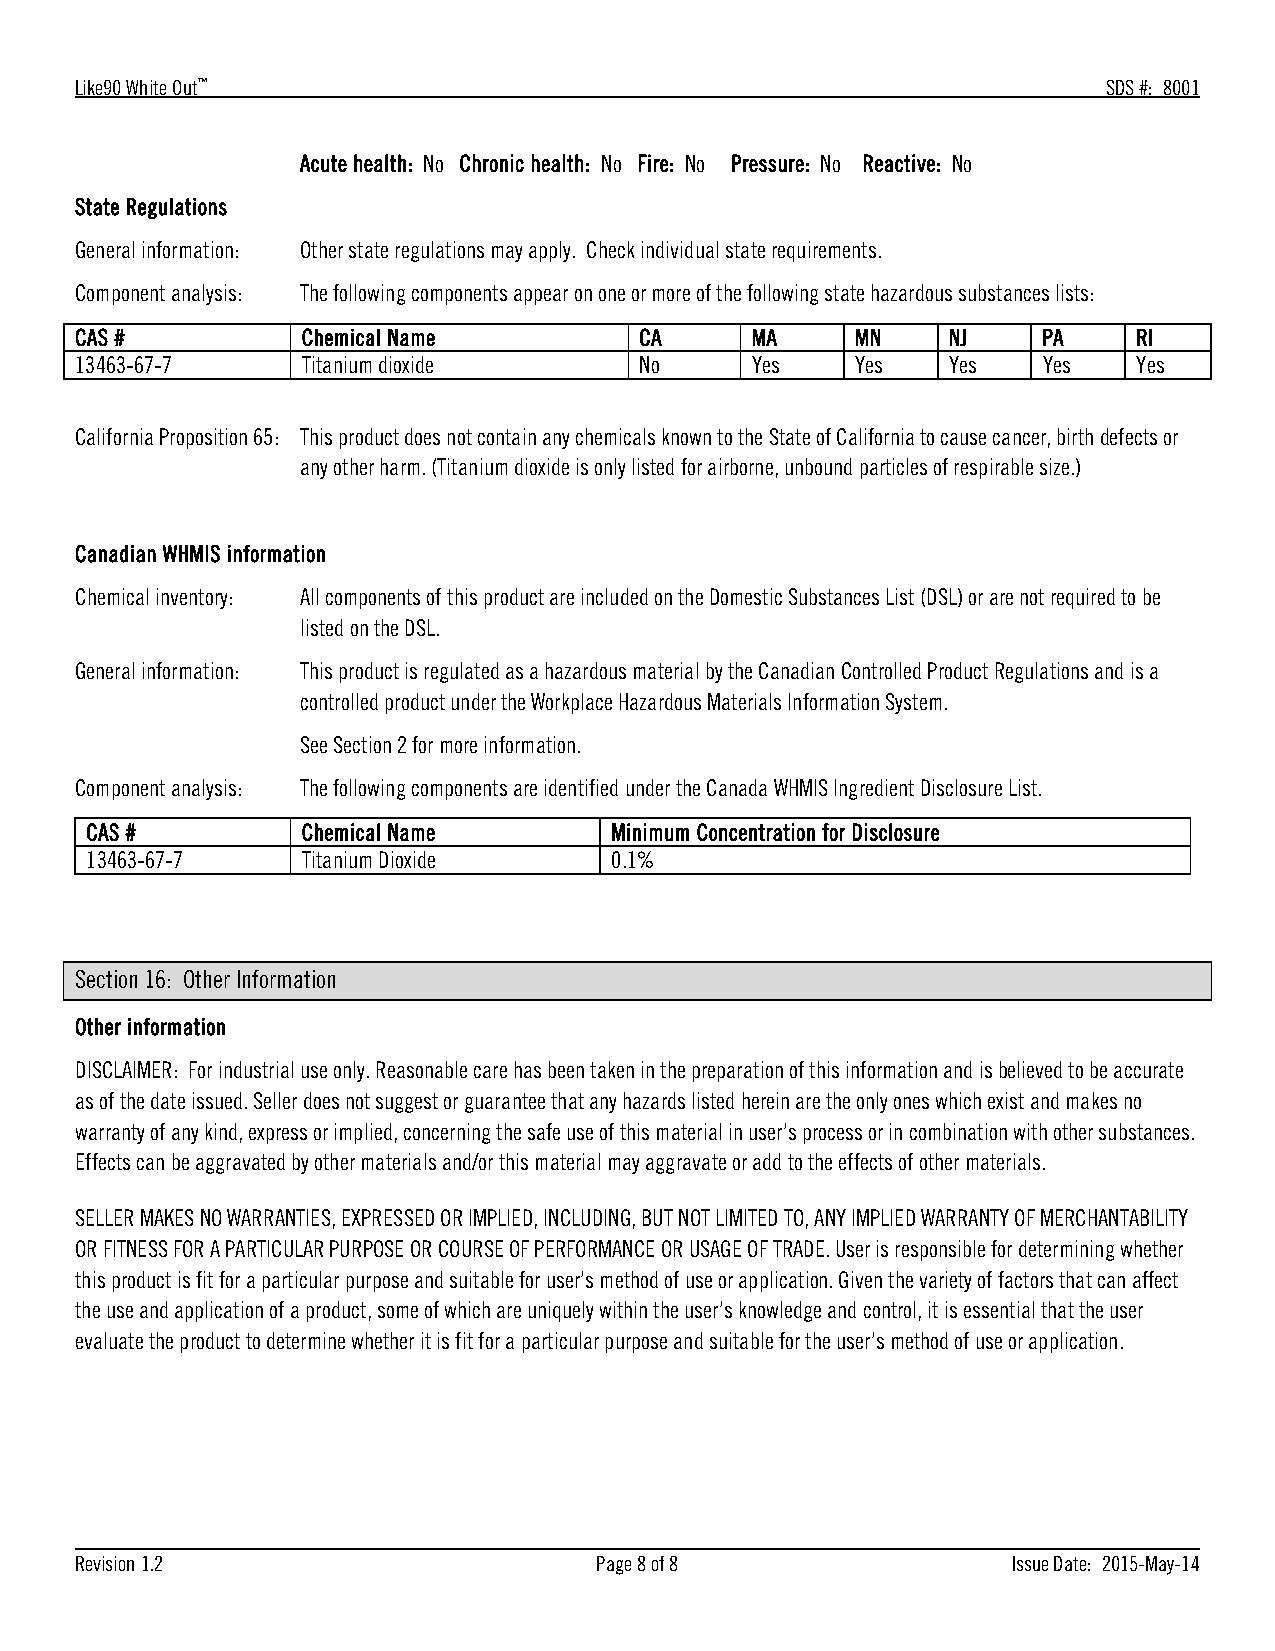
Like90 White Out™                                                   SDS #: 8001
 Acute health: No Chronic health: No Fire: No Pressure: No Reactive: No
 State Regulations
 General information: Other state regulations may apply. Check individual state requirements.
 Component analysis: The following components appear on one or more of the following state hazardous substances lists:
 CAS #          Chemical Name         CA      MA     MN    NJ    PA    RI
 13463-67-7     Titanium dioxide      No      Yes    Yes   Yes   Yes   Yes
 California Proposition 65: This product does not contain any chemicals known to the State of California to cause cancer, birth defects or
 any other harm. (Titanium dioxide is only listed for airborne, unbound particles of respirable size.)
 Canadian WHMIS information
 Chemical inventory: All components of this product are included on the Domestic Substances List (DSL) or are not required to be
 listed on the DSL.
 General information: This product is regulated as a hazardous material by the Canadian Controlled Product Regulations and is a
 controlled product under the Workplace Hazardous Materials Information System.
 See Section 2 for more information.
 Component analysis: The following components are identified under the Canada WHMIS Ingredient Disclosure List.
 CAS #         Chemical Name       Minimum Concentration for Disclosure
 13463-67-7    Titanium Dioxide    0.1%
 Section 16: Other Information
 Other information
 DISCLAIMER: For industrial use only. Reasonable care has been taken in the preparation of this information and is believed to be accurate
 as of the date issued. Seller does not suggest or guarantee that any hazards listed herein are the only ones which exist and makes no
 warranty of any kind, express or implied, concerning the safe use of this material in user’s process or in combination with other substances.
 Effects can be aggravated by other materials and/or this material may aggravate or add to the effects of other materials.
 SELLER MAKES NO WARRANTIES, EXPRESSED OR IMPLIED, INCLUDING, BUT NOT LIMITED TO, ANY IMPLIED WARRANTY OF MERCHANTABILITY
 OR FITNESS FOR A PARTICULAR PURPOSE OR COURSE OF PERFORMANCE OR USAGE OF TRADE. User is responsible for determining whether
 this product is fit for a particular purpose and suitable for user’s method of use or application. Given the variety of factors that can affect
 the use and application of a product, some of which are uniquely within the user’s knowledge and control, it is essential that the user
 evaluate the product to determine whether it is fit for a particular purpose and suitable for the user’s method of use or application.
 Revision 1.2                      Page 8 of 8                 Issue Date: 2015-May-14